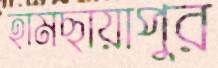
হামছায়াপুর